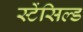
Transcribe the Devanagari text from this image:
स्टेंसिल्ड